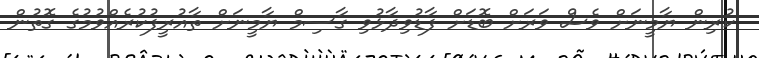
ކުރިން ޔާމީނަށް ވެސް ވަރަށް ބޮޑަށް ފާޑުވިދާޅުވި ގާސިމް ޔާމީނަށް ތާއުރީފުކުރެއްވުމުގެ ގޮތުން